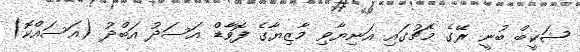
ޝަކީބް ބުނީ ރޭގެ މެޗުގައި އަނިޔާވި މާޒިޔާގެ ފޮވާޑް އަސަދު އަބްދު (އަސައްކޮ)